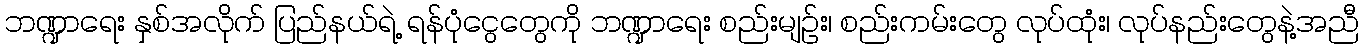
ဘဏ္ဍာရေး နှစ်အလိုက် ပြည်နယ်ရဲ့ ရန်ပုံငွေတွေကို ဘဏ္ဍာရေး စည်းမျဉ်း၊ စည်းကမ်းတွေ လုပ်ထုံး၊ လုပ်နည်းတွေနဲ့အညီ